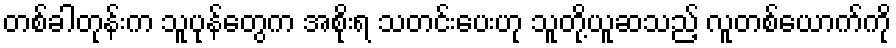
တစ်ခါတုန်းက သူပုန်တွေက အစိုးရ သတင်းပေးဟု သူတို့ယူဆသည့် လူတစ်ယောက်ကို